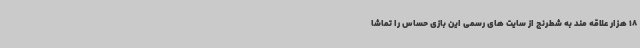
18 هزار علاقه مند به شطرنج از سایت های رسمی این بازی حساس را تماشا